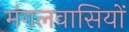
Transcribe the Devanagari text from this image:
मंगलवासियों